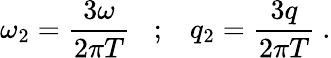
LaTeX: \omega_{2}=\frac{3\omega}{2\pi T}\; \; \; ;\; \; \; q_{2}=\frac{3q}{2\pi T}\ .